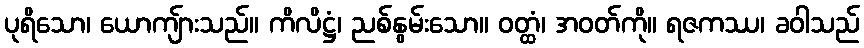
ပုရိသော၊ ယောကျ်ားသည်။ ကိလိဋ္ဌံ၊ ညစ်နွမ်းသော။ ဝတ္ထံ၊ အဝတ်ကို။ ရဇကဿ၊ ခဝါသည်